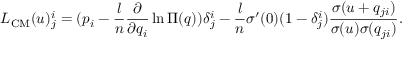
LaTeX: L _ { \mathrm { C M } } ( u ) _ { j } ^ { i } = ( p _ { i } - \frac { l } { n } \frac { \partial } { \partial q _ { i } } \ln \Pi ( q ) ) \delta _ { j } ^ { i } - \frac { l } { n } \sigma ^ { \prime } ( 0 ) ( 1 - \delta _ { j } ^ { i } ) \frac { \sigma ( u + q _ { j i } ) } { \sigma ( u ) \sigma ( q _ { j i } ) } .